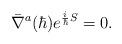
LaTeX: \begin{align*}\bar{\nabla}^a(\hbar)e^{{i\over\hbar}S}=0.\end{align*}